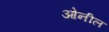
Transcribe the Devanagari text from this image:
ओनील